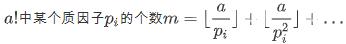
$a!$中某个质因子$p_i$的个数$m = \left\lfloor \frac{a}{p_i} \right\rfloor + \left\lfloor \frac{a}{p_i^2} \right\rfloor + \cdots$